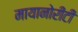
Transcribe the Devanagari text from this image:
मायानोरीटी